Medical and sanitary report of the native army of Madras for the year
Year: 1872
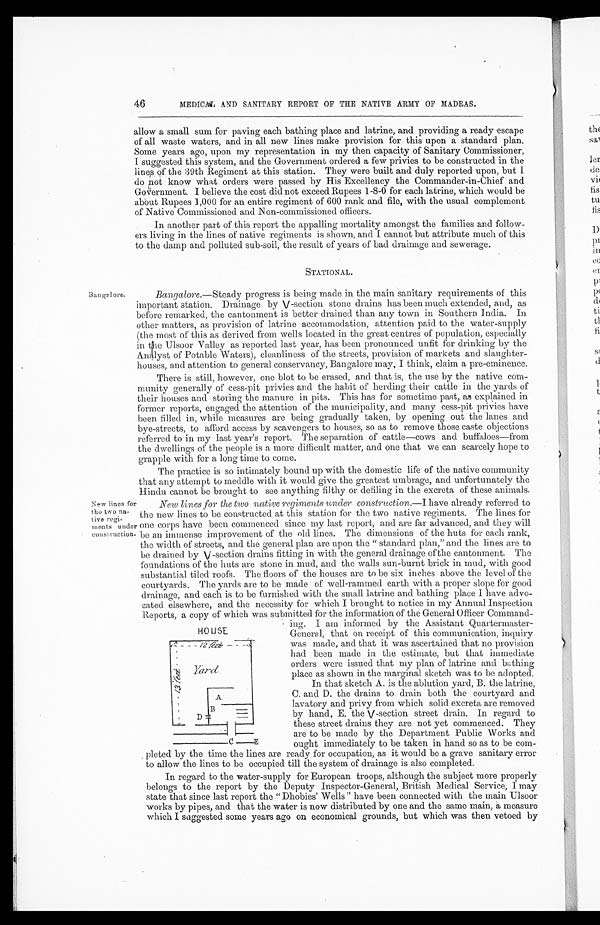
46 MEDICAL AND SANITARY REPORT OF THE NATIVE ARMY OF MADRAS.
allow a small sum for paving each bathing place and latrine, and providing a ready escape
of all waste waters, and in all new lines make provision for this upon a standard plan.
Some years ago, upon my representation in my then capacity of Sanitary Commissioner,
I suggested this system, and the Government ordered a few privies to be constructed in the
lines of the 39th Regiment at this station. They were built and duly reported upon, but I
do not know what orders were passed by His Excellency the Commander-in-Chief and
Government. I believe the cost did not exceed Rupees 1-8-0 for each latrine, which would be
about Rupees 1,000 for an entire regiment of 600 rank and file, with the usual complement
of Native Commissioned and Non-commissioned officers.
In another part of this report the appalling mortality amongst the families and follow-
ers living in the lines of native regiments is shown, and I cannot but attribute much of this
to the damp and polluted sub-soil, the result of years of bad drainage and sewerage.
STATIONAL.
Bangalore.
New lines for
the two na-
tive regi-
ments under
construction.
Bangalore.— Steady progress is being made in the main sanitary requirements of this
important station. Drainage by V-section stone drains has been much extended, and, as
before remarked, the cantonment is better drained than any town in Southern India. In
other matters, as provision of latrine accommodation, attention paid to the water-supply
(the most of this as derived from wells located in the great centres of population, especially
in tie Ulsoor Valley as reported last year, has been pronounced unfit for drinking by the
Analyst of Potable Waters), cleanliness of the streets, provision of markets and slaughter-
houses, and attention to general conservancy, Bangalore may, I think, claim a pre-eminence.
There is still, however, one blot to be erased, and that is, the use by the native com-
munity generally of cess-pit privies and the habit of herding their cattle in the yards of
their houses and storing the manure in pits. This has for sometime past, as explained in
former reports, engaged the attention of the municipality, and many cess-pit privies have
been filled in, while measures are being gradually taken, by opening out the lanes and
bye-streets, to afford access by scavengers to houses, so as to remove those caste objections
referred to in my last year's report. The separation of cattle—cows and buffaloes—from
the dwellings of the people is a more difficult matter, and one that we can scarcely hope to
grapple with for a long time to come.
The practice is so intimately bound up with the domestic life of the native community
that any attempt to meddle with it would give the greatest umbrage, and unfortunately the
Hindu cannot be brought to see anything filthy or defiling in the excreta of these animals.
New lines for the two native regiments under construction .— I have already referred to
the new lines to be constructed at this station for the two native regiments. The lines for
one corps have been commenced since my last report, and are far advanced, and they will
be an immense improvement of the old lines. The dimensions of the huts for each rank,
the width of streets, and the general plan. are upon the " standard plan," and the lines are to
be drained by V-section drains fitting in with the general drainage of the cantonment. The
foundations of the huts are stone in mud, and the walls sun-burnt brick in mud, with good
substantial tiled roofs. The floors of the houses are to be six inches above the level of the
courtyards. The yards are to be made of well-rammed earth with a proper slope for good
drainage, and each is to be furnished with the small latrine and bathing place I have advo-
cated elsewhere, and the necessity for which I brought to notice in my Annual Inspection
Reports. a copy of which was submitted for the information of the General Officer Command-
ing. I am informed by the Assistant Quartermaster-
General, that on receipt of this communication, inquiry
was made, and that it was ascertained that no provision
had been made in the estimate, but that immediate
orders were issued that my plan of latrine and bathing
place as shown in the marginal sketch was to be adopted.
In that sketch A. is the ablution yard, B. the latrine,
C. and D. the drains to drain both the courtyard and
lavatory and privy from which solid excreta are removed
by hand, E. the V-section street drain. In regard to
these street drains they are not yet commenced. They
are to be made by the Department Public Works and
ought immediately to be taken in hand so as to be com-
pleted by the time the lines are ready for occupation, as it would be a grave sanitary error
to allow the lines to be occupied till the system of drainage is also completed.
In regard to the water-supply for European troops, although the subject more properly
belongs to the report by the Deputy Inspector-General, British Medical Service, I may
state that since last report the "Dhobies' Wells " have been connected with the main Ulsoor
works by pipes, and. that the water is now distributed by one and the same main, a measure
which I suggested some years ago on economical grounds, but which was then vetoed by